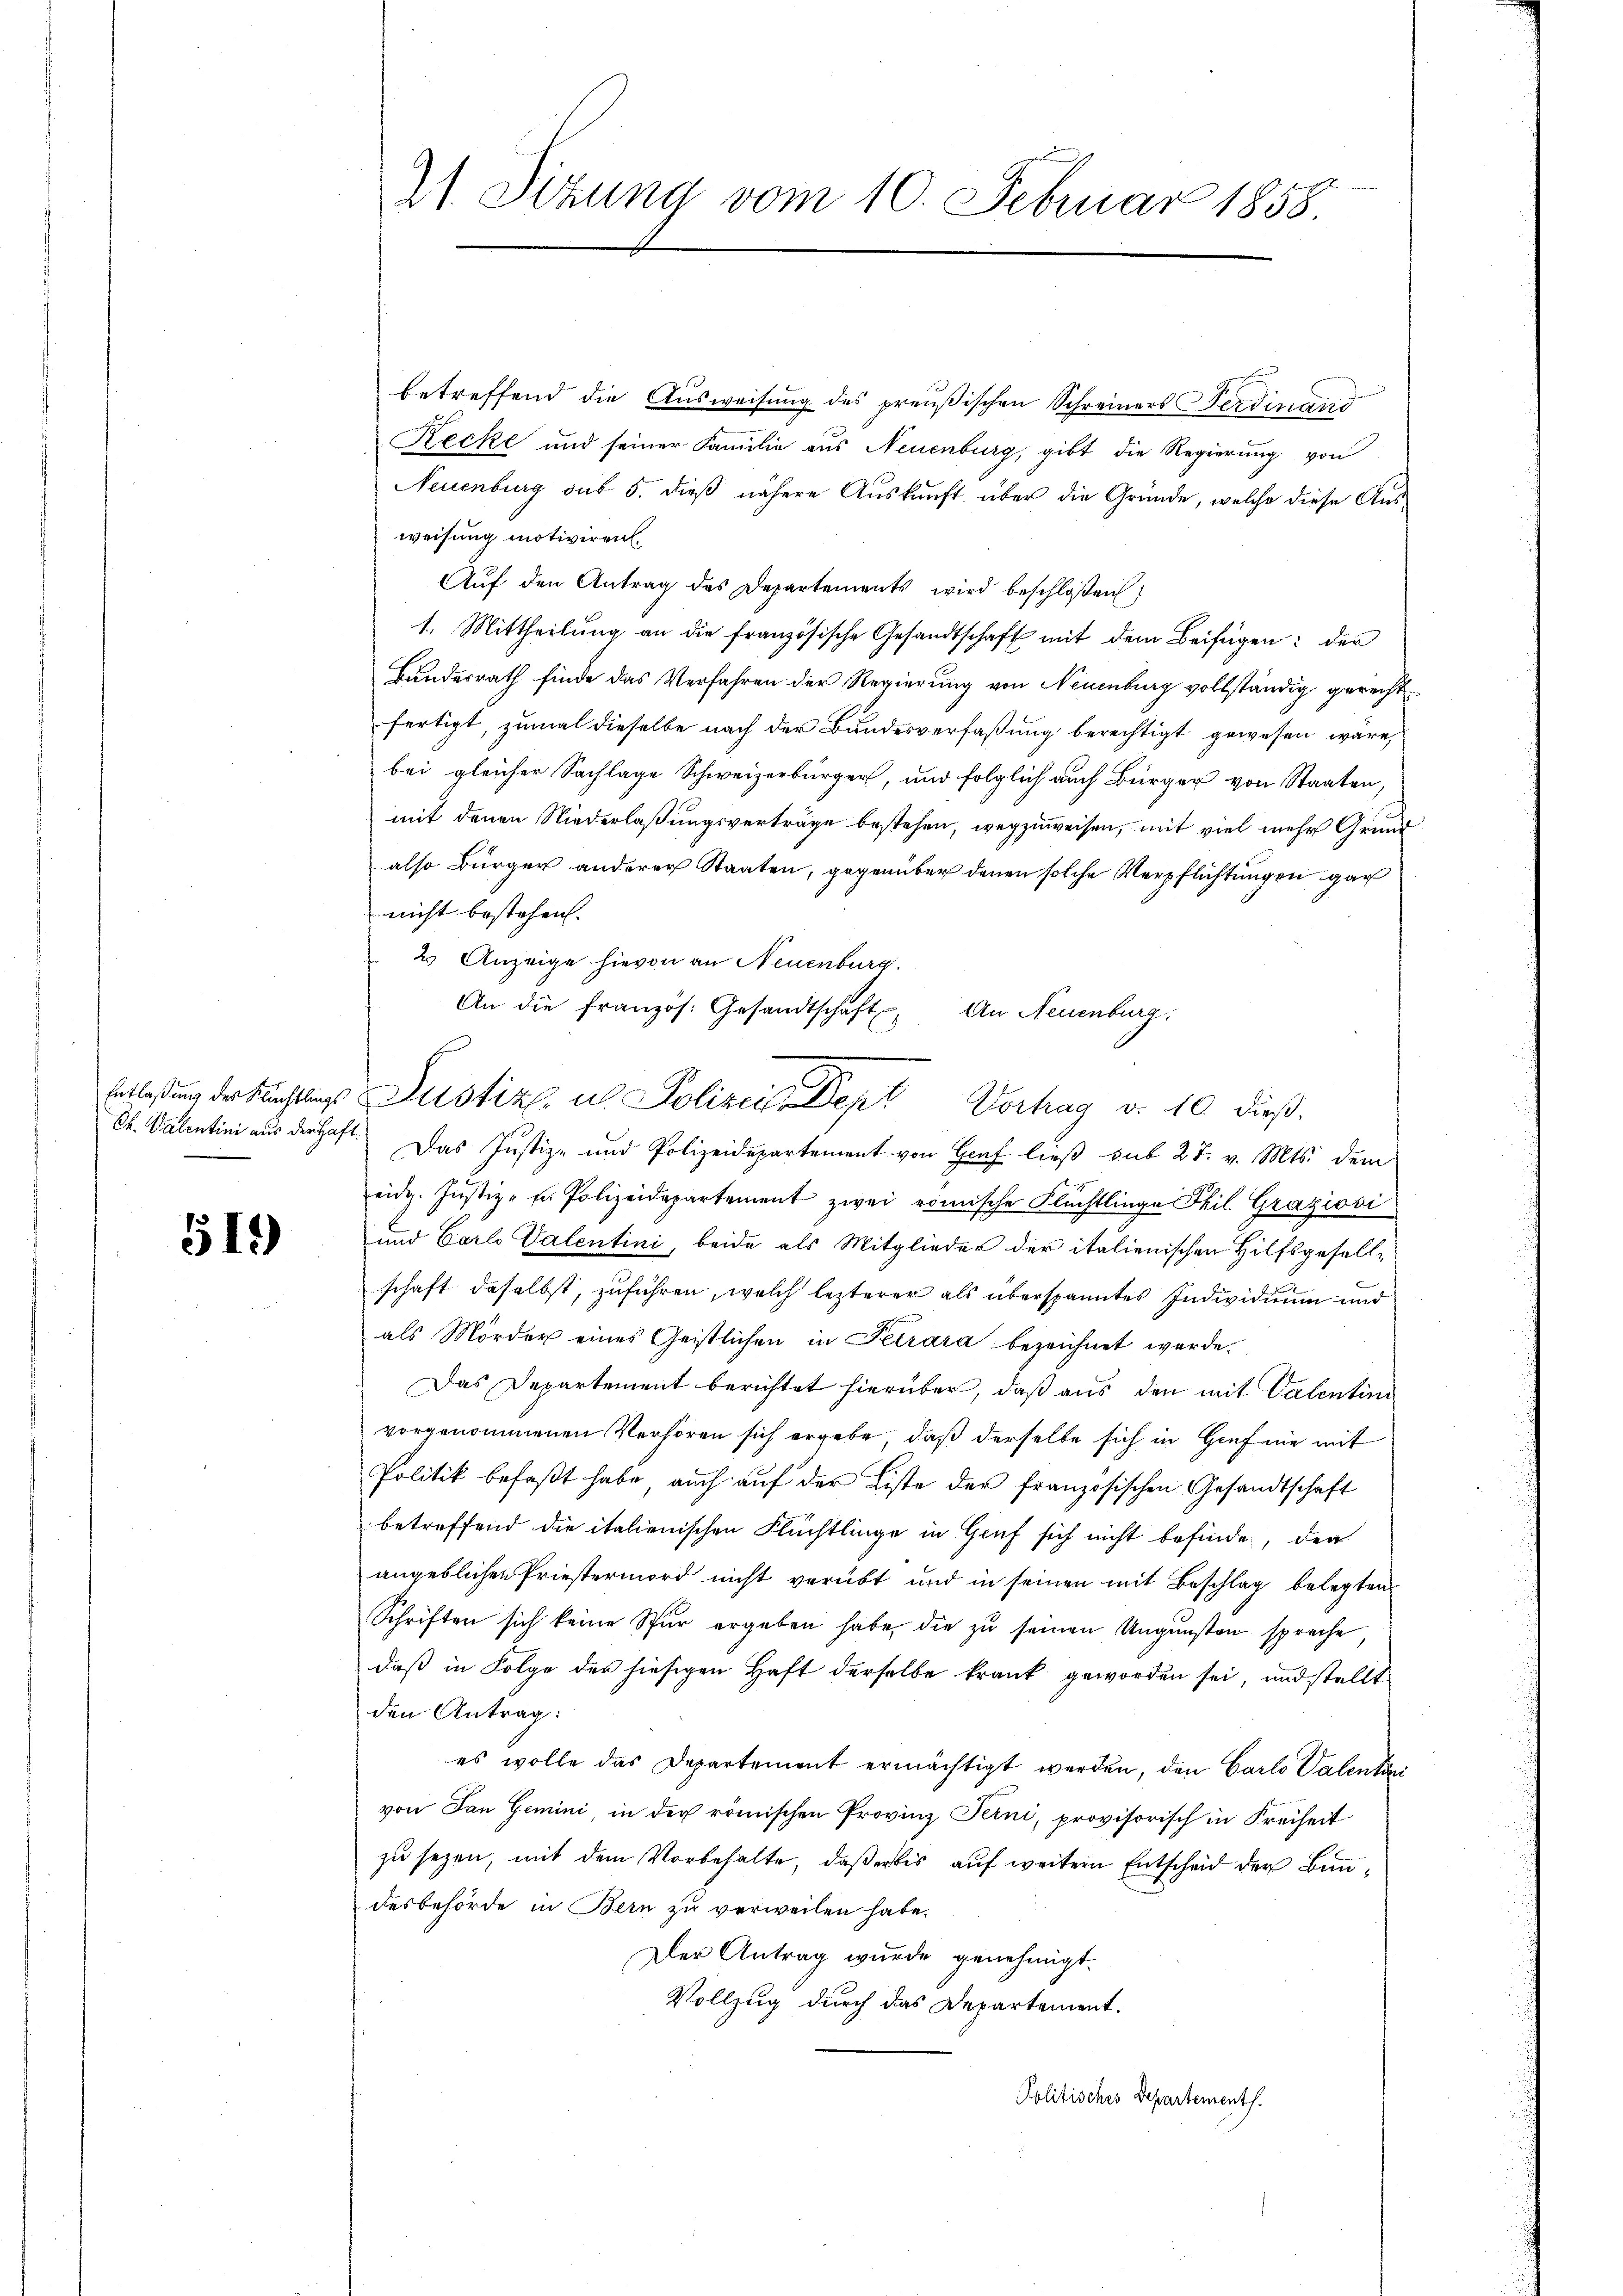
519

21. Sitzung vom 10. Februar 1858.

betreffend die Ausweisung des preußischen Schreiners Ferdinand
Recke und seiner Familie aus Neuenburg, gibt die Regierung von
Neuenburg sub 5. dieß nähere Auskauft, über die Gründe, welche diese Ausweisung motiviren.
Aŭf den Antrag des Departements wird beschloßen:
1. Mittheilung an die französische Gesandtschaft mit dem Beifügen: der
Bundesrath finde das Verfahren der Regierung von Neuenburg vollständig gerechtfertigt, zumal dieselbe nach der Bundesverfaßung berechtigt gewesen wäre,
bei gleicher Sachlage Schweizerbürger, und folglich auch Bürger von Staaten,
mit denen Niederlaßungsverträge bestehen, wegzuweisen, mit viel mehr Grund
also Bürger anderer Staaten, gegenüber denen solche Verpflichtungen gar
nicht bestehen.
2 Anzeige hievon an Neuenburg.
An die französ. Gesandtschaft. An Neuenburg,
Ob. Valentini aus der Haft. Das Justiz- und Polizeidepartement von Graf lieβ sub 27. v. Mts. dem
eidg. Justiz- u Polizeidepartement zwei römische Flüchtlinge Phil. Graziosi
und Carlo Valentini, beide als Mitglieder der italienischen Hilfsgesellschaft daselbst, zuführen, welch lezterer als überspanntes Individuum und
als Mörder eines Geistlichen in Petrara bezeichnet werde.
Das Departement berichtet hierüber, daß aus den mit Valentini
vorgenommenen Verhören sich ergebe, daß derselbe sich in Gief nie mit
Politik befaßt habe, auch aŭf der Liste der französischen Gesandtschaft
betreffend die italienischen Flüchtlinge in Genf sich nicht befinde, der
angeblichen Priestermord nicht verübt und in seinen mit Beschlag belegten
Schriften sich keine Spur ergeben habe, die zu seinen Ungunsten spreche
daß in Folge der hiesigen Haft derselbe krank geworden sei, und stellt
den Antrag:
es wolle das Departement ermächtigt werden, den Carlo Valentani
von San Gemini, in der römischen Provinz Feini, provisorisch in Freiheit
zu sezen, mit dem Vorbehalte, daß er bis auf weitern Entscheid der Bundesbehörde in Bern zu verweilen habe.
Der Antrag wurde genehmigt.
Vollzug durch das Departement.
Politisches Departement.

Entlaßung der Kunstlings Justiz, ich Polizeilen der Vortrag v. 10 dieß.